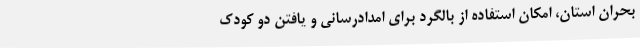
بحران استان، امکان استفاده از بالگرد برای امدادرسانی و یافتن دو کودک